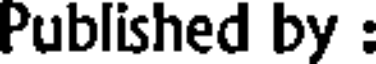
Published by :